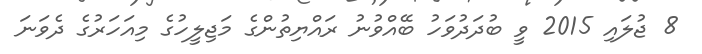
8 ޖުލައި 2015 ވީ ބުދަދުވަހު ބޭއްވުނު ރައްޔިތުންގެ މަޖިލީހުގެ މިއަހަރުގެ ދެވަނަ